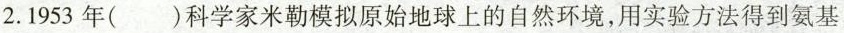
2.1953年()科学家米勒模拟原始地球上的自然环境，用实验方法得到氨基